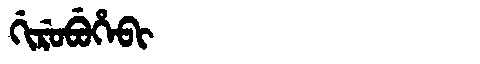
Manchu: ᡤᡳᡵᡠᠪᡠᡥᡝᠪᡳ
Romanization: GIRUBUHEBI